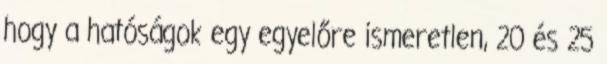
hogy a hatóságok egy egyelőre ismeretlen, 20 és 25